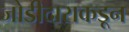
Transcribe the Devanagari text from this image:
जोडीदाराकडून